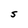
Character: S